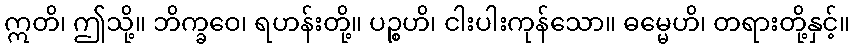
ဣတိ၊ ဤသို့။ ဘိက္ခဝေ၊ ရဟန်းတို့။ ပဉ္စဟိ၊ ငါးပါးကုန်သော။ ဓမ္မေဟိ၊ တရားတို့နှင့်။